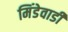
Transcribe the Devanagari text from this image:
मिंडेवाडी